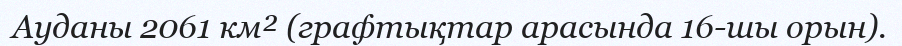
Ауданы 2061 км² (графтықтар арасында 16-шы орын).